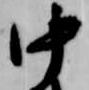
中